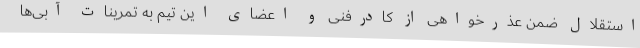
استقلال ضمن عذرخواهی از کادرفنی و اعضای این تیم به تمرینات آبی‌ها